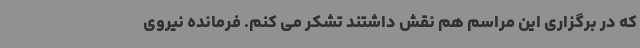
که در برگزاری این مراسم هم نقش داشتند تشکر می کنم. فرمانده نیروی